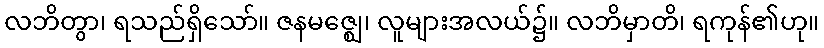
လဘိတွာ၊ ရသည်ရှိသော်။ ဇနမဇ္ဈေ၊ လူများအလယ်၌။ လဘိမှာတိ၊ ရကုန်၏ဟု။